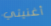
أغنيتي